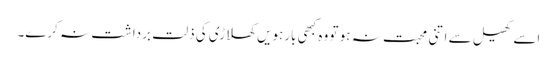
اسے کھیل سے اتنی محبت نہ ہو تو وہ کبھی بارہویں کھلاڑی کی ذلت برداشت نہ کرے۔